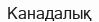
Канадалық